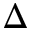
\Delta